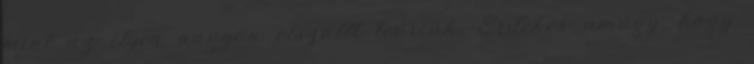
mint az ilyen nagyon elszállt teóriák. Érdekes amúgy, hogy